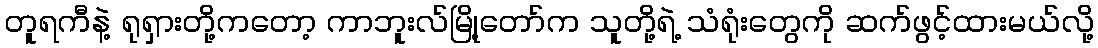
တူရကီနဲ့ ရုရှားတို့ကတော့ ကာဘူးလ်မြို့တော်က သူတို့ရဲ့ သံရုံးတွေကို ဆက်ဖွင့်ထားမယ်လို့